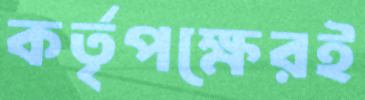
কর্তৃপক্ষেরই